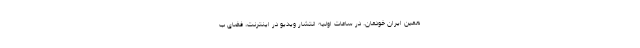
همین ایران خودمان. در ساعات اولیه انتشار ویدیو در اینترنت، فضای ب